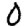
Digit: 0